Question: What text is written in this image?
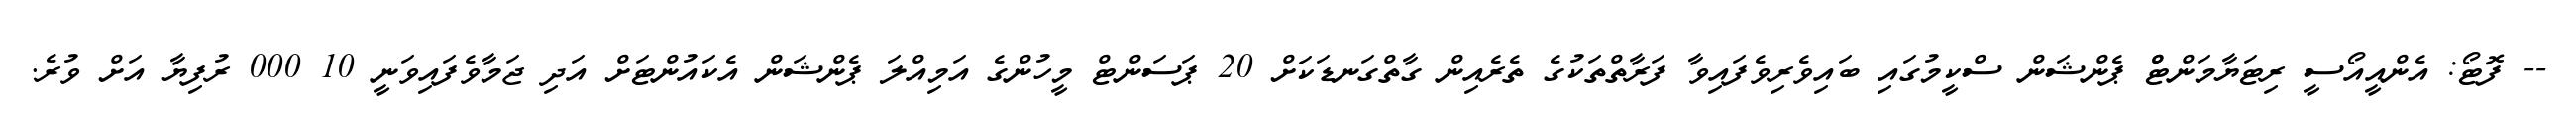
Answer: -- ފޮޓޯ: އެންއީއޯސީ ރިޓަޔާމަންޓްް ޕެންޝަން ސްކީމުގައި ބައިވެރިވެފައިވާ ފަރާތްތަކުގެ ތެރެއިން ގާތްގަނޑަކަށް 20 ޕަސަންޓް މީހުންގެ އަމިއްލަ ޕެންޝަން އެކައުންޓަށް އަދި ޖަމާވެފައިވަނީ 10 000 ރުފިޔާ އަށް ވުރެ.